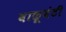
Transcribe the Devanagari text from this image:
वाळूवंटी